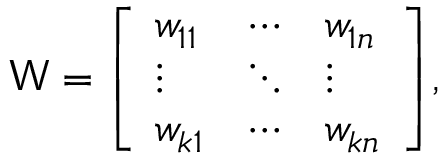
{ \mathsf { W } } = { \left[ \begin{array} { l l l } { w _ { 1 1 } } & { \cdots } & { w _ { 1 n } } \\ { \vdots } & { \ddots } & { \vdots } \\ { w _ { k 1 } } & { \cdots } & { w _ { k n } } \end{array} \right] } ,